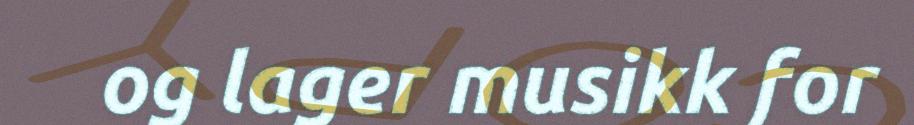
og lager musikk for